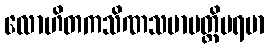
လောဟိတကသိဏသမာပတ္တိပရမာ